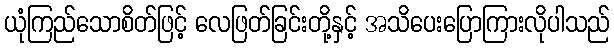
ယုံကြည်သောစိတ်ဖြင့် လေဖြတ်ခြင်းတို့နှင့် အသိပေးပြောကြားလိုပါသည်